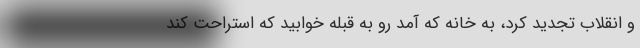
و انقلاب تجدید کرد، به خانه که آمد رو به قبله خوابید که استراحت کند